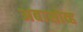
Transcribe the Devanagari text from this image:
अबासोव्ह